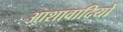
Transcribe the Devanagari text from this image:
आशावादियों